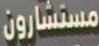
مستشارون